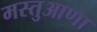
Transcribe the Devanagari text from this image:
मस्तुआणा